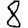
Digit: 8